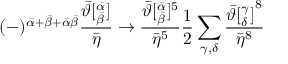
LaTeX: ( - ) ^ { { \bar { \alpha } } + { \bar { \beta } } + \bar { \alpha } \bar { \beta } } \frac { { \bar { \vartheta } } [ _ { \bar { \beta } } ^ { \bar { \alpha } } ] } { { \bar { \eta } } } \rightarrow \frac { { \bar { \vartheta } } [ _ { \bar { \beta } } ^ { \bar { \alpha } } ] ^ { 5 } } { { \bar { \eta } } ^ { 5 } } { \frac { 1 } { 2 } } \sum _ { \gamma , \delta } \frac { { \bar { \vartheta } [ _ { \delta } ^ { \gamma } ] } ^ { 8 } } { { \bar { \eta } } ^ { 8 } }